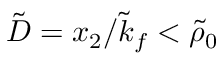
\tilde { D } = x _ { 2 } / \tilde { k } _ { f } < \tilde { \rho } _ { 0 }